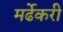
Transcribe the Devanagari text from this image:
मर्ढेकरी